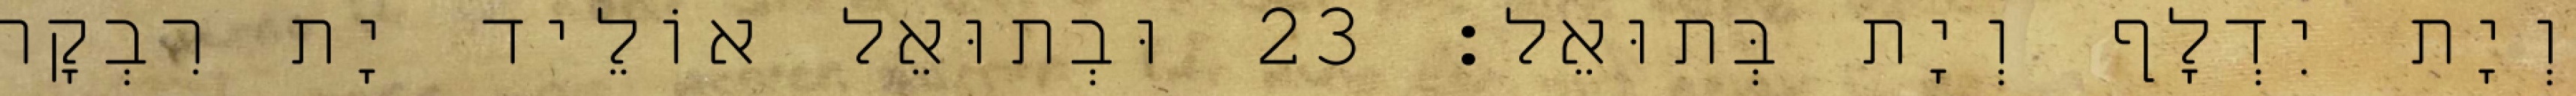
וְיָת יִדְלָף וְיָת בְּתוּאֵל׃ 23 וּבְתוּאֵל אוֹלֵיד יָת רִבְקָה